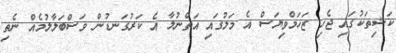
ކަޝިތަކުގައި ޖެހި ޒަހަމްވިޔަސް އެ މަލުގައި އަތްނުލާ އެ ކަރުގަނޑުން ވަސްބަލާލުމެއް ނެތި